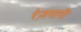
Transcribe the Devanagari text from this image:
रेज़गारी